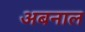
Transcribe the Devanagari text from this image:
अबनाल